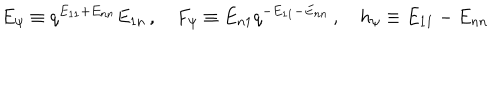
E _ { \psi } \equiv q ^ { E _ { 1 1 } + E _ { n n } } E _ { 1 n } \, , ~ F _ { \psi } \equiv E _ { n 1 } q ^ { - E _ { 1 1 } - E _ { n n } } \, , ~ h _ { \psi } \equiv E _ { 1 1 } - E _ { n n }